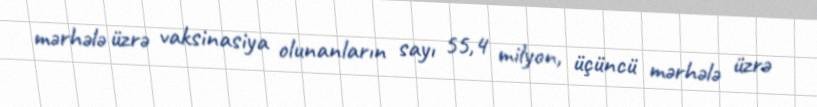
mərhələ üzrə vaksinasiya olunanların sayı 55,4 milyon, üçüncü mərhələ üzrə